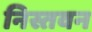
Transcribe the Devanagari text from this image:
निस्तवन